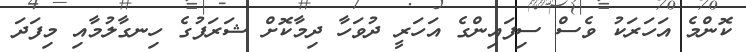
ކޮންމެ އަހަރަކު ވެސް ސިފައިންގެ އަހަރީ ދުވަހާ ދިމާކޮށް ޝަރަފުގެ ހިނގާލުމާއި މިފަދަ